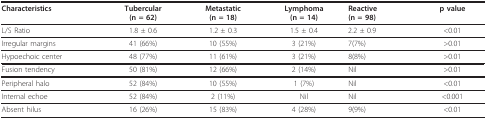
<table><thead><tr><td><b>Characteristics</b></td><td><b>Tubercular(n = 62)</b></td><td><b>Metastatic(n = 18)</b></td><td><b>Lymphoma(n = 14)</b></td><td><b>Reactive(n = 98)</b></td><td><b>p value</b></td></tr></thead><tbody><tr><td>L/S Ratio</td><td>1.8 ± 0.6</td><td>1.2 ± 0.3</td><td>1.5 ± 0.4</td><td>2.2 ± 0.9</td><td>&lt;0.01</td></tr><tr><td>Irregular margins</td><td>41 (66%)</td><td>10 (55%)</td><td>3 (21%)</td><td>7(7%)</td><td>&gt;0.01</td></tr><tr><td>Hypoechoic center</td><td>48 (77%)</td><td>11 (61%)</td><td>3 (21%)</td><td>8(8%)</td><td>&gt;0.01</td></tr><tr><td>Fusion tendency</td><td>50 (81%)</td><td>12 (66%)</td><td>2 (14%)</td><td>Nil</td><td>&gt;0.01</td></tr><tr><td>Peripheral halo</td><td>52 (84%)</td><td>10 (55%)</td><td>1 (7%)</td><td>Nil</td><td>&lt;0.01</td></tr><tr><td>Internal echoe</td><td>52 (84%)</td><td>2 (11%)</td><td>Nil</td><td>Nil</td><td>&lt;0.001</td></tr><tr><td>Absent hilus</td><td>16 (26%)</td><td>15 (83%)</td><td>4 (28%)</td><td>9(9%)</td><td>&lt;0.01</td></tr></tbody></table>